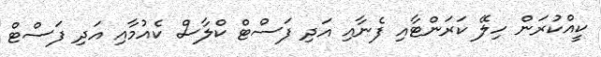
ކީއްކުރަން ހިލޭ ކަރަންޓާއި ފެނާއި އަދި ފަސްޓް ކްލާސް ކެއުމާއި އަދި ފަސްޓް